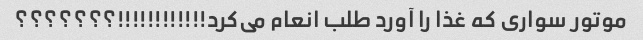
موتور سواری که غذا را آورد طلب انعام می‌کرد!!!!!!!!!!!!؟؟؟؟؟؟؟